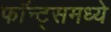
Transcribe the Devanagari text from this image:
फॉन्ट्‌समध्ये